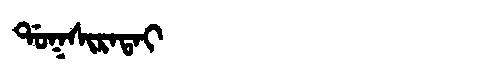
Manchu: ᡩᠣᡴᠰᡳᡵᠠᡨᠠᡳ
Romanization: DOKSIRATAI